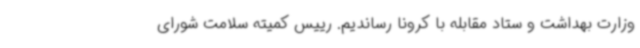
وزارت بهداشت و ستاد مقابله با کرونا رساندیم. رییس کمیته سلامت شورای